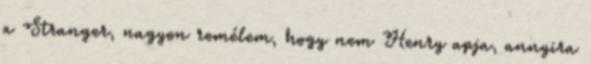
a Stranger, nagyon remélem, hogy nem Henry apja, annyira